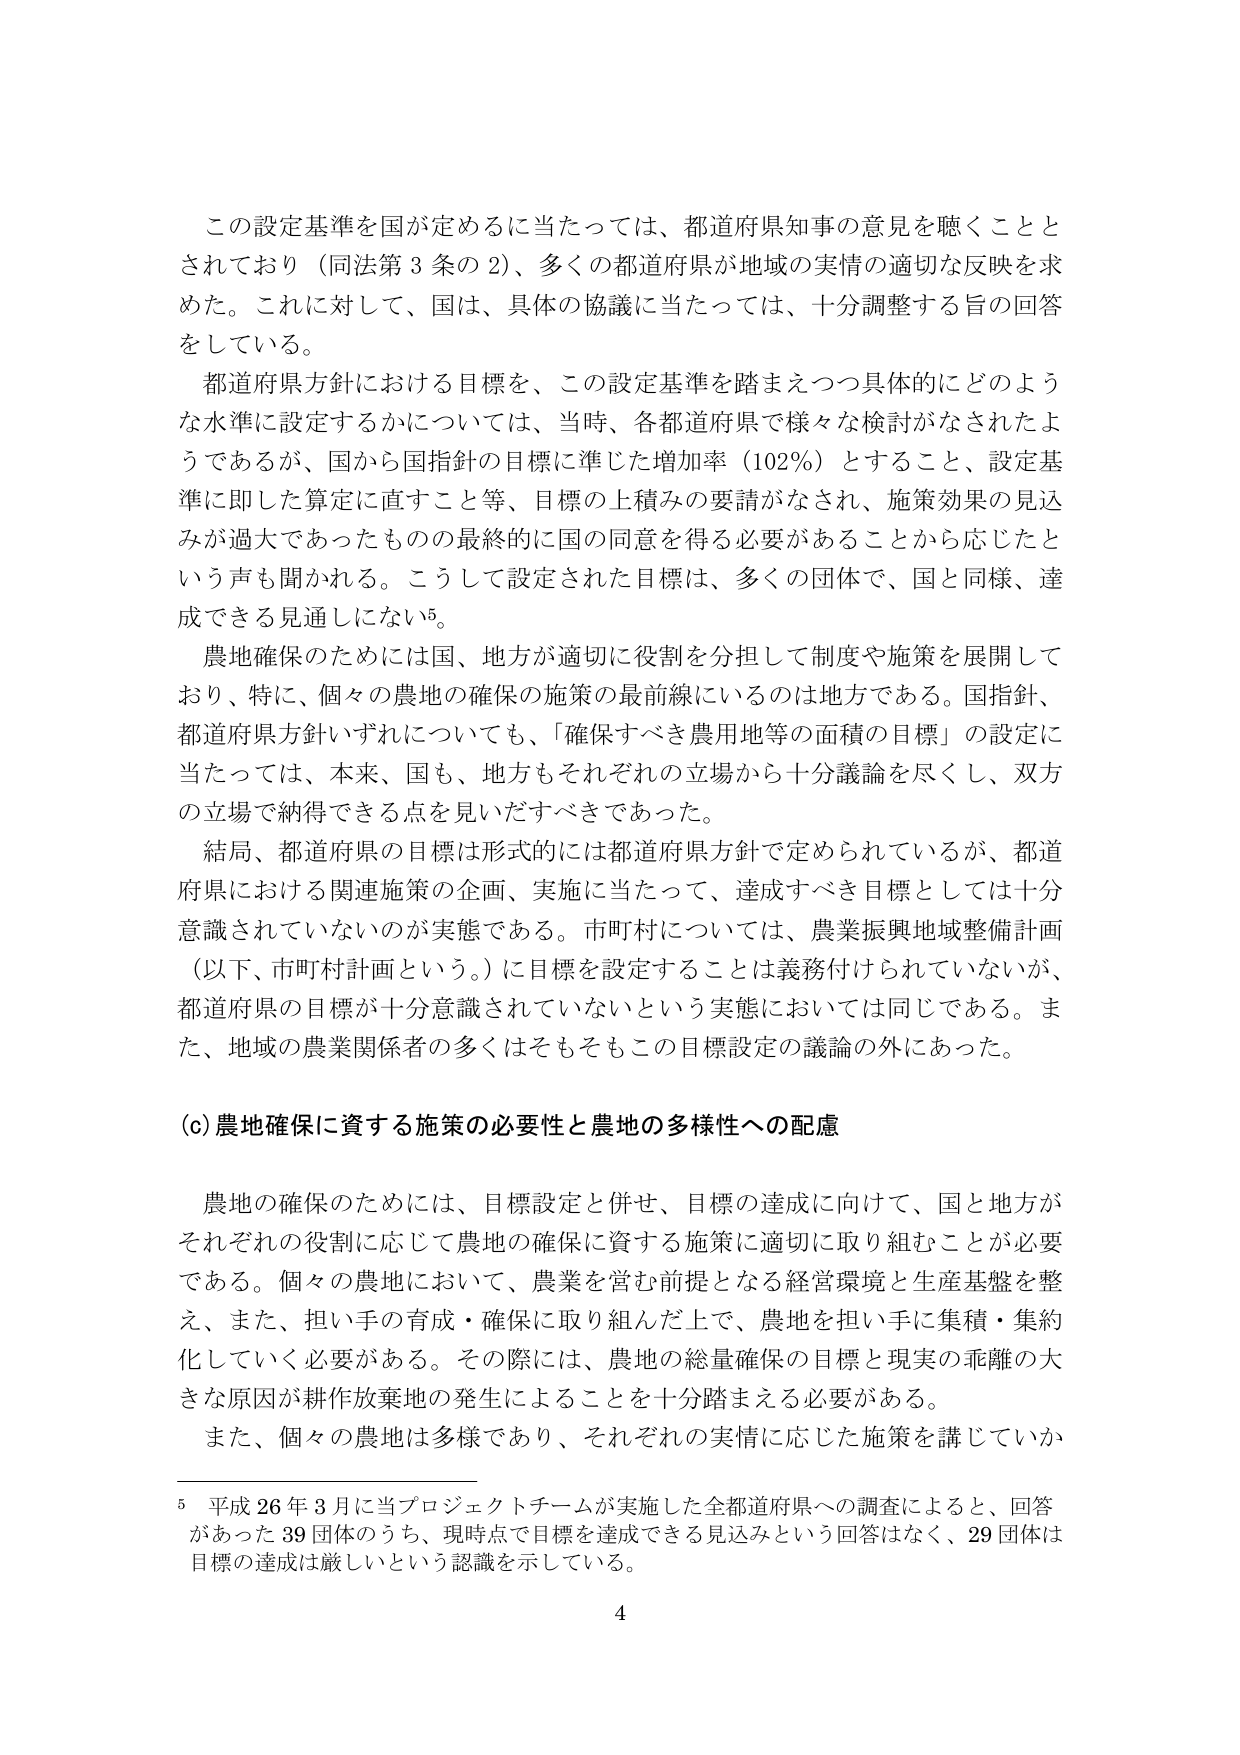
この設定基準を国が定めるに当たっては、都道府県知事の意見を聴くこととされており（同法第3条の2）、多くの都道府県が地域の実情の適切な反映を求めた。これに対して、国は、具体的協議に当たっては、十分調整する旨の回答をしている。

都道府県方針における目標を、この設定基準を踏まえつつ具体的にどのような水準に設定するかについては、当時、各都道府県で様々な検討がなされたようであるが、国から国指針の目標に準じた増加率（102％）とすること、設定基準に即した算定に直すこと等、目標の上積みの要請がなされ、施策効果の見込みが過大であったものの最終的に国の同意を得る必要があることから応じたという声も聞かれる。こうして設定された目標は、多くの団体で、国と同様、達成できる見通しにない⁵。

農地確保のためには国、地方が適切に役割を分担して制度や施策を展開しており、特に、個々の農地の確保の施策の最前線にいるのは地方である。国指針、都道府県方針いずれについても、「確保すべき農用地等の面積の目標」の設定に当たっては、本来、国も、地方もそれぞれの立場から十分議論を尽くし、双方の立場で納得できる点を見いだすべきであった。

結局、都道府県の目標は形式的には都道府県方針で定められているが、都道府県における関連施策の企画、実施に当たって、達成すべき目標としては十分意識されていないのが実態である。市町村については、農業振興地域整備計画（以下、市町村計画という。）に目標を設定することは義務付けられていないが、都道府県の目標が十分意識されていないという実態においては同じである。また、地域の農業関係者の多くはそもそもこの目標設定の議論の外にあった。

(c) 農地確保に資する施策の必要性と農地の多様性への配慮

農地の確保のためには、目標設定と併せ、目標の達成に向けて、国と地方がそれぞれの役割に応じて農地の確保に資する施策に適切に取り組むことが必要である。個々の農地において、農業を営む前提となる経営環境と生産基盤を整え、また、担い手の育成・確保に取り組んだ上で、農地を担い手に集積・集約化していく必要がある。その際には、農地の総量確保の目標と現実の乖離の大きな原因が耕作放棄地の発生によることを十分踏まえる必要がある。

また、個々の農地は多様であり、それぞれの実情に応じた施策を講じていか

⁵ 平成26年3月に当プロジェクトチームが実施した全都道府県への調査によると、回答があった39団体のうち、現時点で目標を達成できる見込みという回答はなく、29団体は目標の達成は厳しいという認識を示している。

4